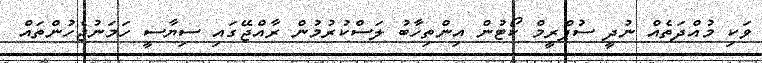
ވަކި މުއްދަތެއް ނުދީ ސުޕްރީމް ކޯޓުން އިންތިހާބު ލަސްކުރުމުން ރާއްޖޭގައި ސިޔާސީ ހަމަނުޖެހުންތައް